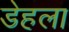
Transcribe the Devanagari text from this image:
डेहला